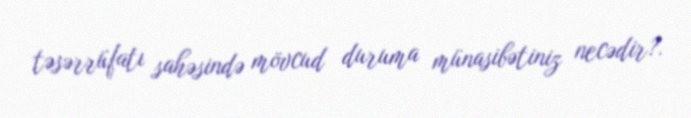
təsərrüfatı sahəsində mövcud duruma münasibətiniz necədir?.